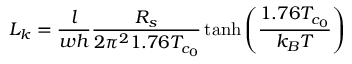
L _ { k } = \frac { l } { w h } \frac { R _ { s } } { 2 \pi ^ { 2 } 1 . 7 6 T _ { c _ { 0 } } } \operatorname { t a n h } \left( \frac { 1 . 7 6 T _ { c _ { 0 } } } { k _ { B } T } \right)